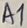
Text: A1